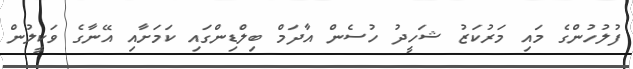
ފުލުހުންގެ މައި މަރުކަޒު ޝަހީދު ހުސެން އާދަމް ބިލްޑިންގައި ކަމަށާއި އޭނާގެ ވަކީލުން